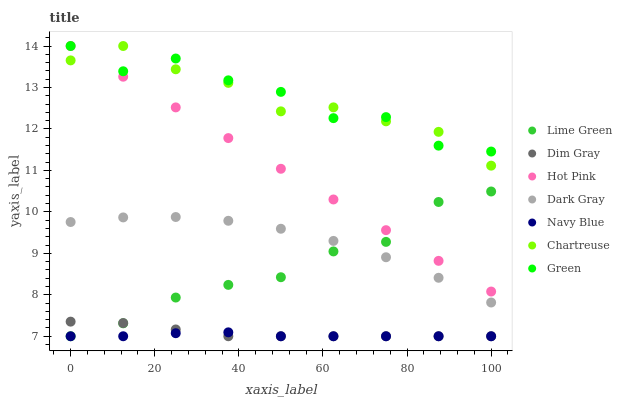
| xaxis_label | Lime Green | Dim Gray | Hot Pink | Dark Gray | Navy Blue | Chartreuse | Green |
 | --- | --- | --- | --- | --- | --- | --- | --- |
 | 0 | 7 | 7.35 | 14 | 9.76 | 7 | 13.7 | 14 |
 | 12.5 | 7.31 | 7.32 | 13.3 | 9.87 | 7 | 14 | 13.4 |
 | 25 | 7.93 | 7.16 | 12.5 | 9.88 | 7.07 | 13.4 | 13.7 |
 | 37.5 | 8.24 | 7 | 11.8 | 9.78 | 7.09 | 13.1 | 13.2 |
 | 50 | 8.42 | 7 | 11 | 9.59 | 7 | 12.4 | 12.9 |
 | 62.5 | 9.05 | 7 | 10.3 | 9.3 | 7 | 12.5 | 12.3 |
 | 75 | 9.28 | 7 | 9.56 | 8.91 | 7 | 12.2 | 12.3 |
 | 87.5 | 10.2 | 7 | 8.82 | 8.41 | 7 | 11.9 | 11.6 |
 | 100 | 10.5 | 7 | 8.08 | 7.81 | 7 | 11.1 | 11.5 |